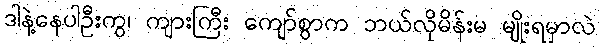
ဒါနဲ့နေပါဦးကွ၊ ကျားကြီး ကျော်စွာက ဘယ်လိုမိန်းမ မျိုးရမှာလဲ